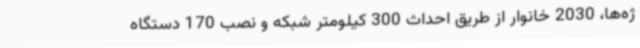
ژه‌ها، 2030 خانوار از طریق احداث 300 ‌کیلومتر شبکه و نصب 170 دستگاه